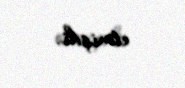
etmişdi.